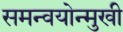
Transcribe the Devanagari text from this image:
समन्वयोन्मुखी